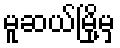
မူဆယ်မြို့မှ